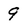
Character: 9